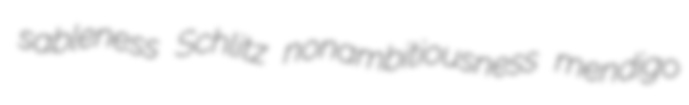
sableness Schlitz nonambitiousness mendigo